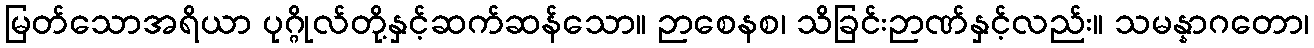
မြတ်သောအရိယာ ပုဂ္ဂိုလ်တို့နှင့်ဆက်ဆန်သော။ ဉာစေနစ၊ သိခြင်းဉာဏ်နှင့်လည်း။ သမန္နာဂတော၊